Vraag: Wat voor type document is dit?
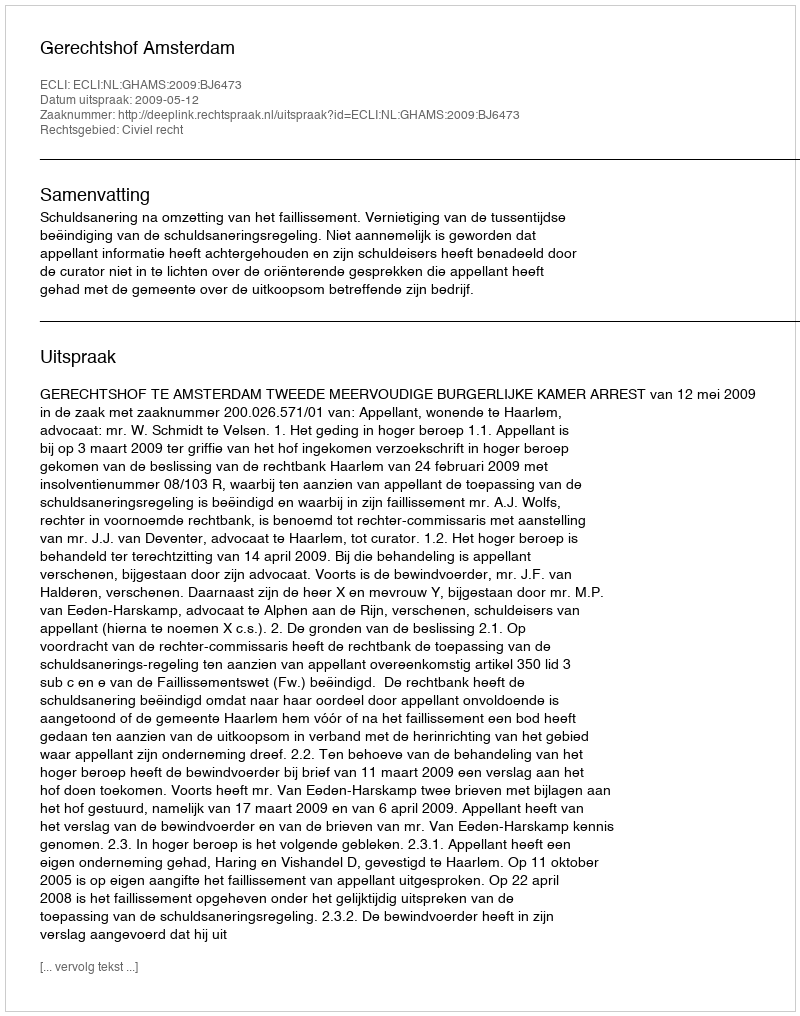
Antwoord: Uitspraak